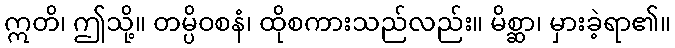
ဣတိ၊ ဤသို့။ တမ္ပိဝစနံ၊ ထိုစကားသည်လည်း။ မိစ္ဆာ၊ မှားခဲ့ရာ၏။